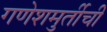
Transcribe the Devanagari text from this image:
गणेशमुर्तीची